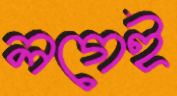
লগেই